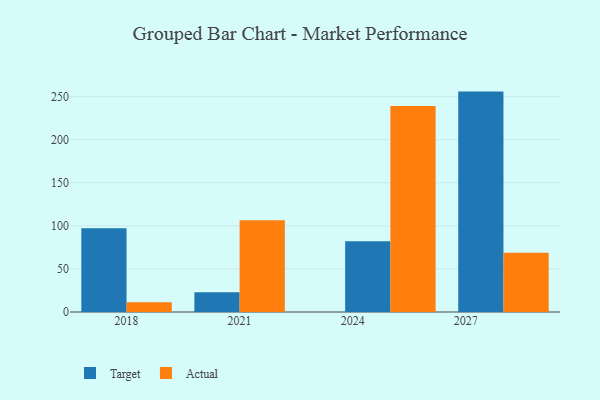
{"axis": {"x": "Year", "y": "Revenue (USD Million)"}, "legend": ["Actual", "Target"], "data": [{"x": "2018", "y": 97.2, "type": "Target"}, {"x": "2018", "y": 11.4, "type": "Actual"}, {"x": "2028", "y": 255.8, "type": "Target"}, {"x": "2028", "y": 68.9, "type": "Actual"}, {"x": "2021", "y": 22.8, "type": "Target"}, {"x": "2021", "y": 106.5, "type": "Actual"}, {"x": "2025", "y": 82.0, "type": "Target"}, {"x": "2025", "y": 239.2, "type": "Actual"}]}